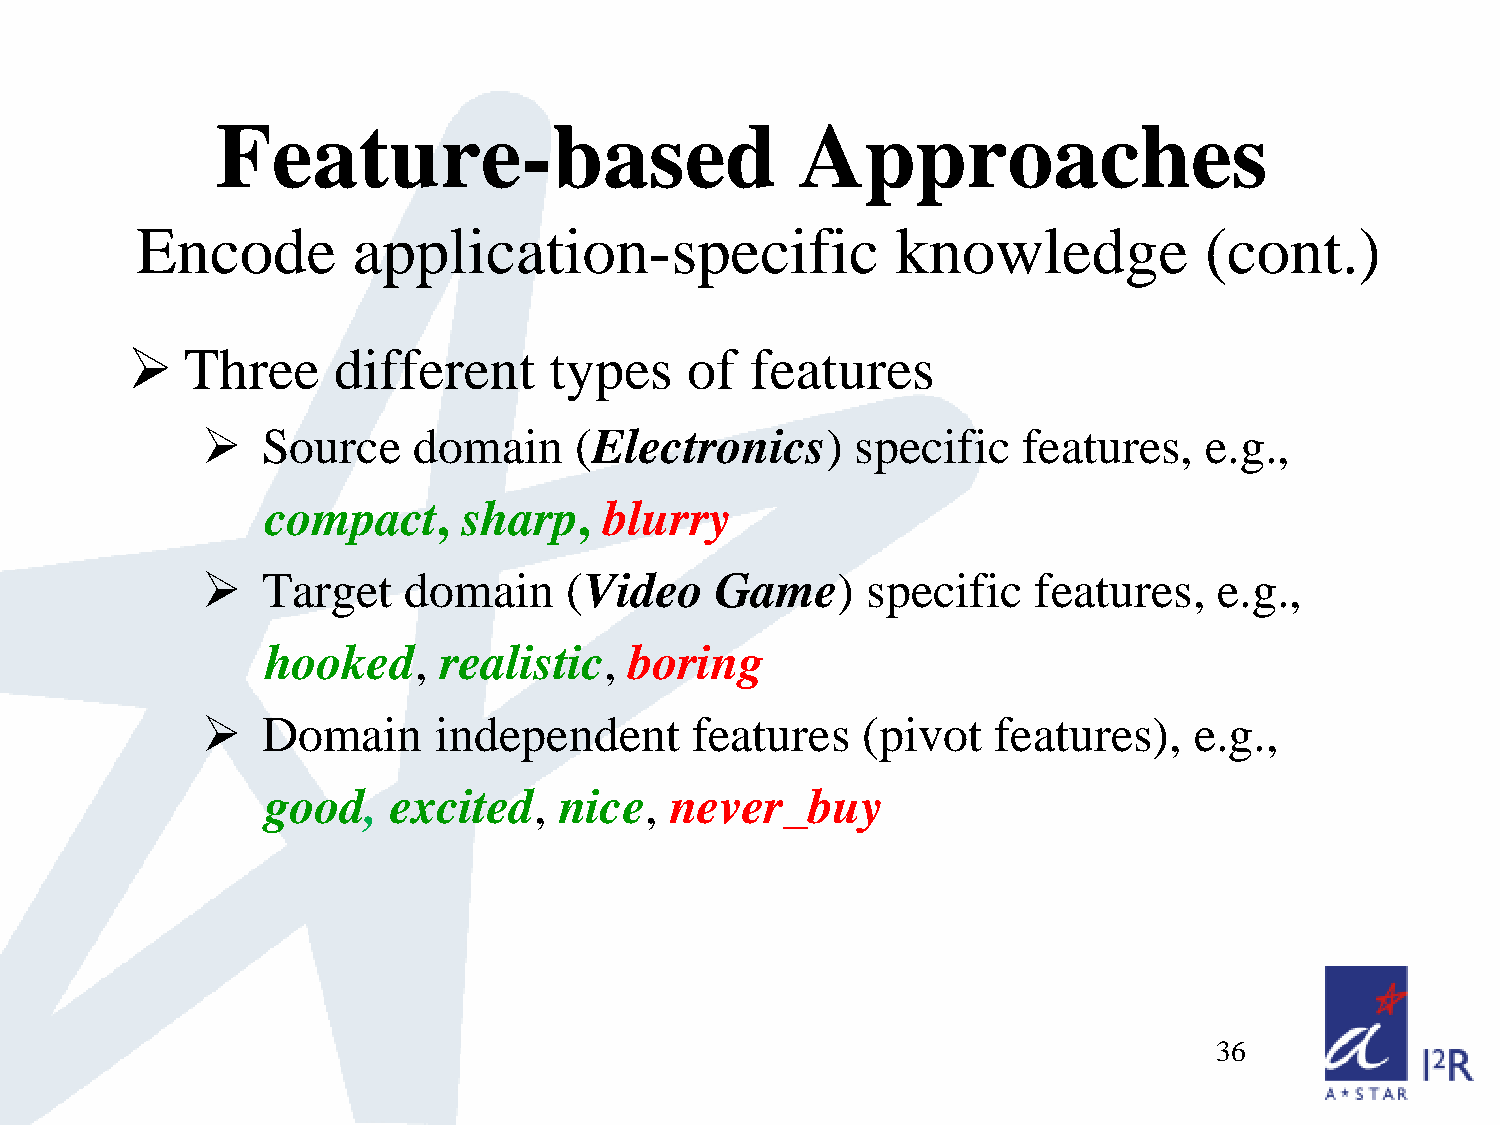
Feature-based                          Approaches
 Encode        application-specific                knowledge            (cont.)
    Three     different     types    of   features
    Source    domain     (Electronics)      specific   features,   e.g.,
 compact,     sharp,   blurry
    Target    domain    (Video    Game)     specific   features,    e.g.,
 hooked,    realistic,   boring
    Domain      independent      features   (pivot   features),   e.g.,
 good,   excited,   nice,  never_buy
 36